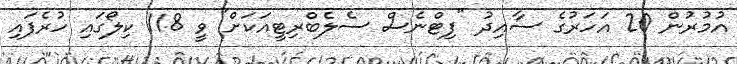
އުމުރުން 20 އަހަރުގެ ސާއިދު "ފިޓްނެސް ސެލެބްރިޓީއަކަށް" ވީ 118 ކިލޯގައި ހުރެފައި